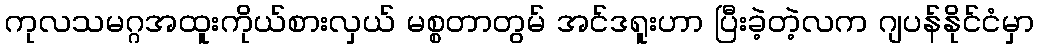
ကုလသမဂ္ဂအထူးကိုယ်စားလှယ် မစ္စတာတွမ် အင်ဒရူးဟာ ပြီးခဲ့တဲ့လက ဂျပန်နိုင်ငံမှာ